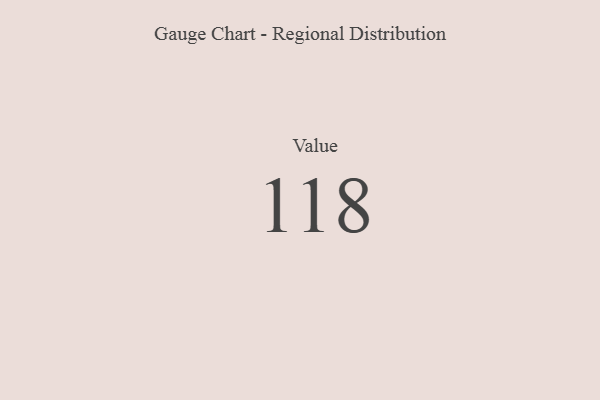
{"axis": {"x": "Metric", "y": "Value"}, "legend": [""], "data": [{"x": "Value", "y": 118, "type": ""}]}